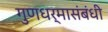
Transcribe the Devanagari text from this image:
गुणधर्मासंबंधी